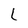
Character: L